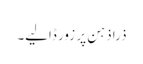
ذرا ذہن پر زور ڈالیے۔